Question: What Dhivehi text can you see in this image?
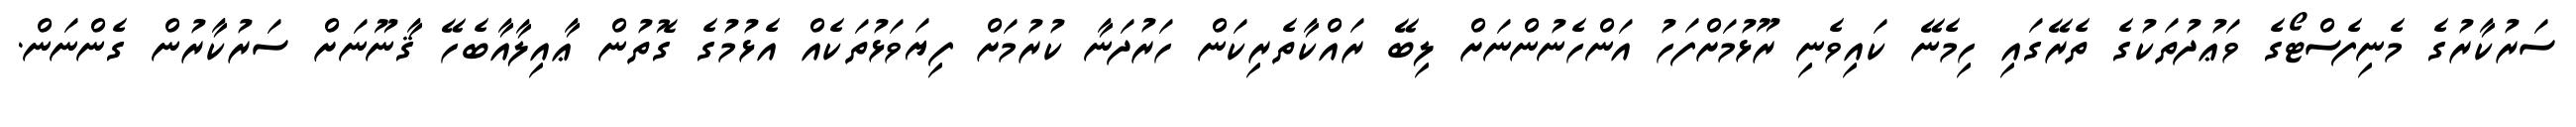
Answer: ސަރުކާރުގެ މެނިފެސްޓޯގެ ވަޢުދުތަކުގެ ތެރޭގައި ހިމެނޭ ކައިވެނި ރޫޅުމަށްފަހު އަންހެނުންނަށް ލިބޭ ރައްކާތެރިކަން ހަރުދަނާ ކުރުމަށް ފިޔަވަޅުތަކެއް އެޅުމުގެ ގޮތުން ޢާއިލާއާބެހޭ ޤާނޫނަށް ސަރުކާރުން ގެންނަން.